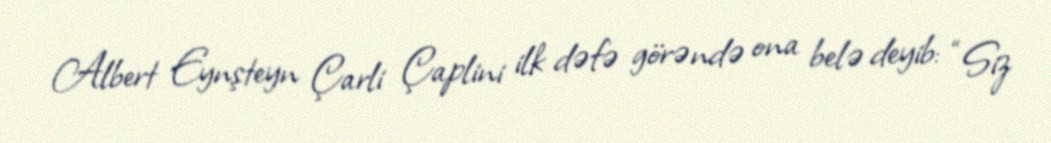
Albert Eynşteyn Çarli Çaplini ilk dəfə görəndə ona belə deyib: “Siz